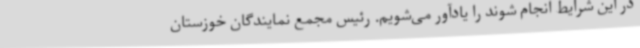
در این شرایط انجام شوند را یادآور می‌شویم. رئیس مجمع نمایندگان خوزستان